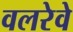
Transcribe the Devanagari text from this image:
वलरेवे